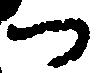
つ